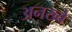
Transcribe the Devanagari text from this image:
अनख्वे